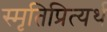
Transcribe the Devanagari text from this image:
स्मृतिप्रित्यर्थ